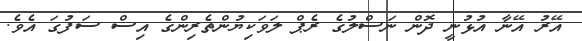
އޭރު އޭނާ އުޅުނީ ދޮން ނަސްލުގެ ރެޕް ލަވަކިޔުންތެރިންގެ އިސް ސަފުގަ އެވެ.